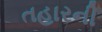
તહારની